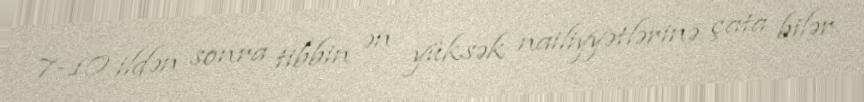
7-10 ildən sonra tibbin ən yüksək nailiyyətlərinə çata bilər.